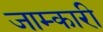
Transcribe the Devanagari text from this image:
जाम्कारी